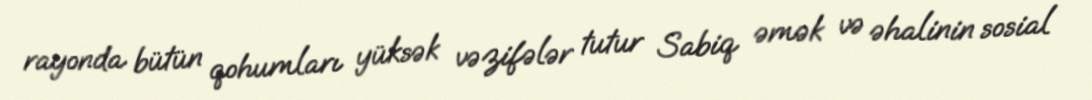
rayonda bütün qohumları yüksək vəzifələr tutur Sabiq əmək və əhalinin sosial